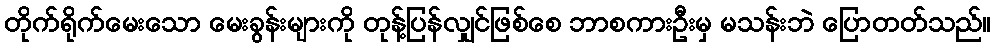
တိုက်ရိုက်မေးသော မေးခွန်းများကို တုန့်ပြန်လျှင်ဖြစ်စေ ဘာစကားဦးမှ မသန်းဘဲ ပြောတတ်သည်။